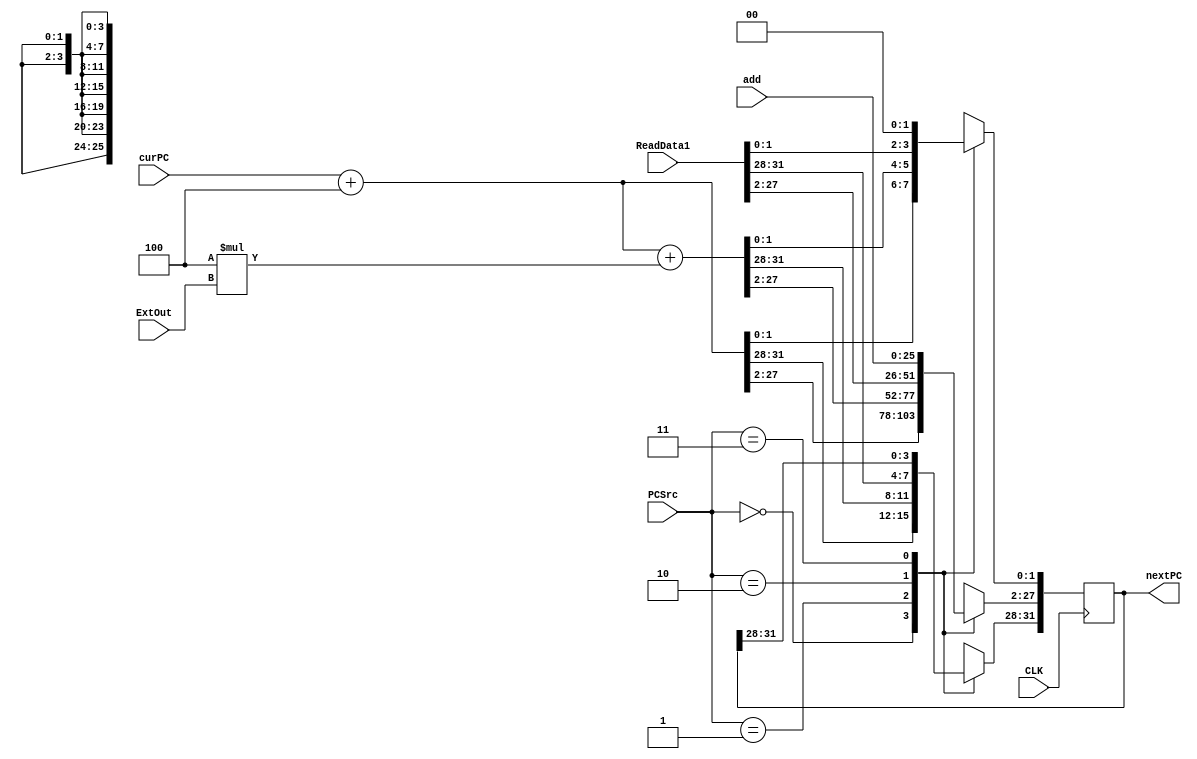
`timescale 1ns / 1ps
//////////////////////////////////////////////////////////////////////////////////
// Company: 
// Engineer: 
// 
// Design Name: 
// Module Name: NextPC
// Project Name: 
// Target Devices: 
// Tool Versions: 
// Description: 
// 
// Dependencies: 
// 
// Revision:
// Revision 0.01 - File Created
// Additional Comments:
// 
//////////////////////////////////////////////////////////////////////////////////


module NextPC(
input CLK,
    input[1:0] PCSrc,
    input[31:0] ExtOut,
    input[31:0] curPC,
    input[31:0] ReadData1,
    input[25:0] add,
    output reg [31:0] nextPC
 );
   always @(negedge CLK) begin
        case(PCSrc)
            2'b00:  nextPC = curPC + 4; // normal
            2'b01:  nextPC = curPC+4+4*ExtOut; // beq
            2'b10:  nextPC = ReadData1; // jr
            2'b11: begin //j jal
                nextPC[27:2] = add;
                nextPC[1:0] = 2'b00;
            end
        endcase
    end
endmodule